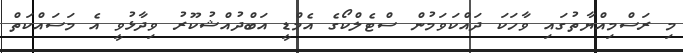
މި ރަސްމިއްޔާތުގައި ވާހަކަ ދައްކަވަމުން ސްޓެލްކޯގެ އެމްޑީ އަބްދުއްޝުކޫރު ވިދާޅުވީ އެ މަސައްކަތް